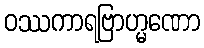
ဝဿကာရဗြာဟ္မဏော